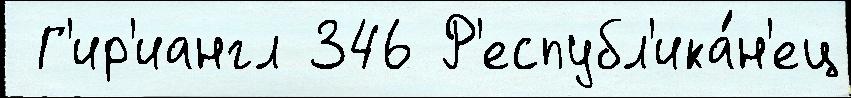
 Г'ир'иангл 346 Р'еспубл'ика́н'ец